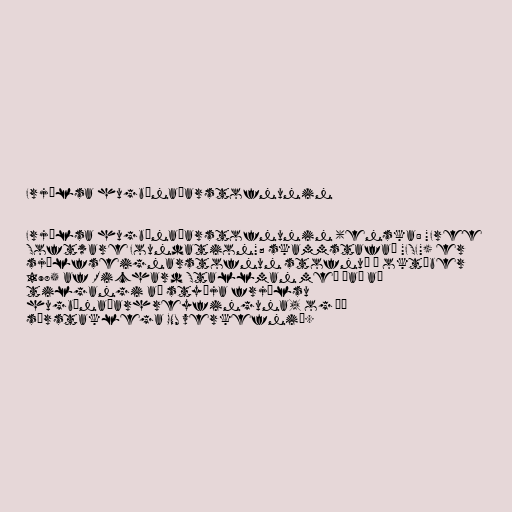
Frjálsa hugbúnaðarstofnunin

Frjálsa hugbúnaðarstofnunin (enska: "Free
Software Foundation"; skammstafað "FSF") er
sjálfseignarstofnun stofnuð í október
1985 af Richard Stallman með það að
tilgangi að styðja frjálsu
hugbúnaðarhreyfinguna, og þá
sérstaklega GNU verkefnið.